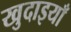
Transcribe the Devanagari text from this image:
खुदाइयाँ